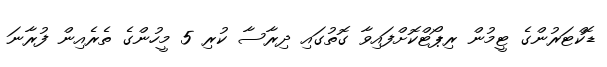
ޑޮކްޓަރުންގެ ޓީމުން ރިޕޯޓްކޮށްފައިވާ ގޮތުގައި ދިރާސާ ކުރި 5 މީހުންގެ ތެރެއިން ފުރާނަ